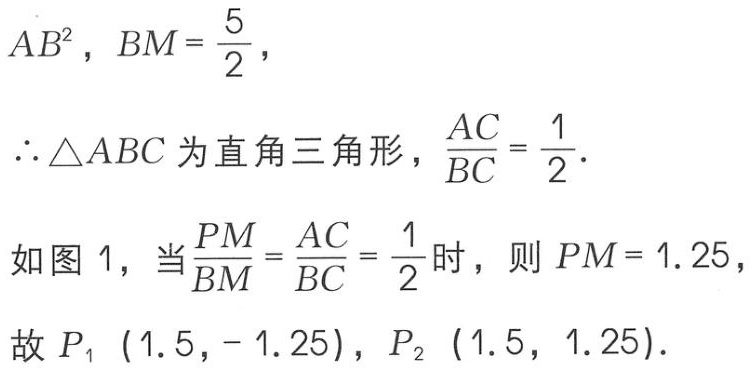
$AB^{2},BM = \frac{5}{2},\\
\therefore \triangle ABC\text{ 为直角三角形，}\frac{AC}{BC}=\frac{1}{2}.\\
\text{如图 }1\text{，当}\frac{PM}{BM}=\frac{AC}{BC}=\frac{1}{2}\text{ 时，则 }PM = 1.25\text{，}\\
\text{故 }P_{1}\ (1.5,-1.25),P_{2}\ (1.5,1.25).$